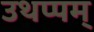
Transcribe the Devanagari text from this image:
उथप्पम्